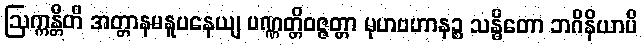
ဩက္ကန္တီတိ အတ္တာနမနူပနေယျ ပဏ္ဏတ္တိဝဇ္ဇတ္တာ မုဟဗဟာနဉ္စ သန္ဓိတော ဘဂိနိယာပိ